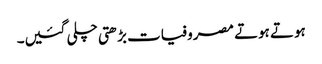
ہوتے ہوتے مصروفیات بڑھتی چلی گئیں۔